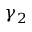
\gamma _ { 2 }